65_HS1-834228961_62-HQ-83894_Section_10
Agency: FBI
Page 151
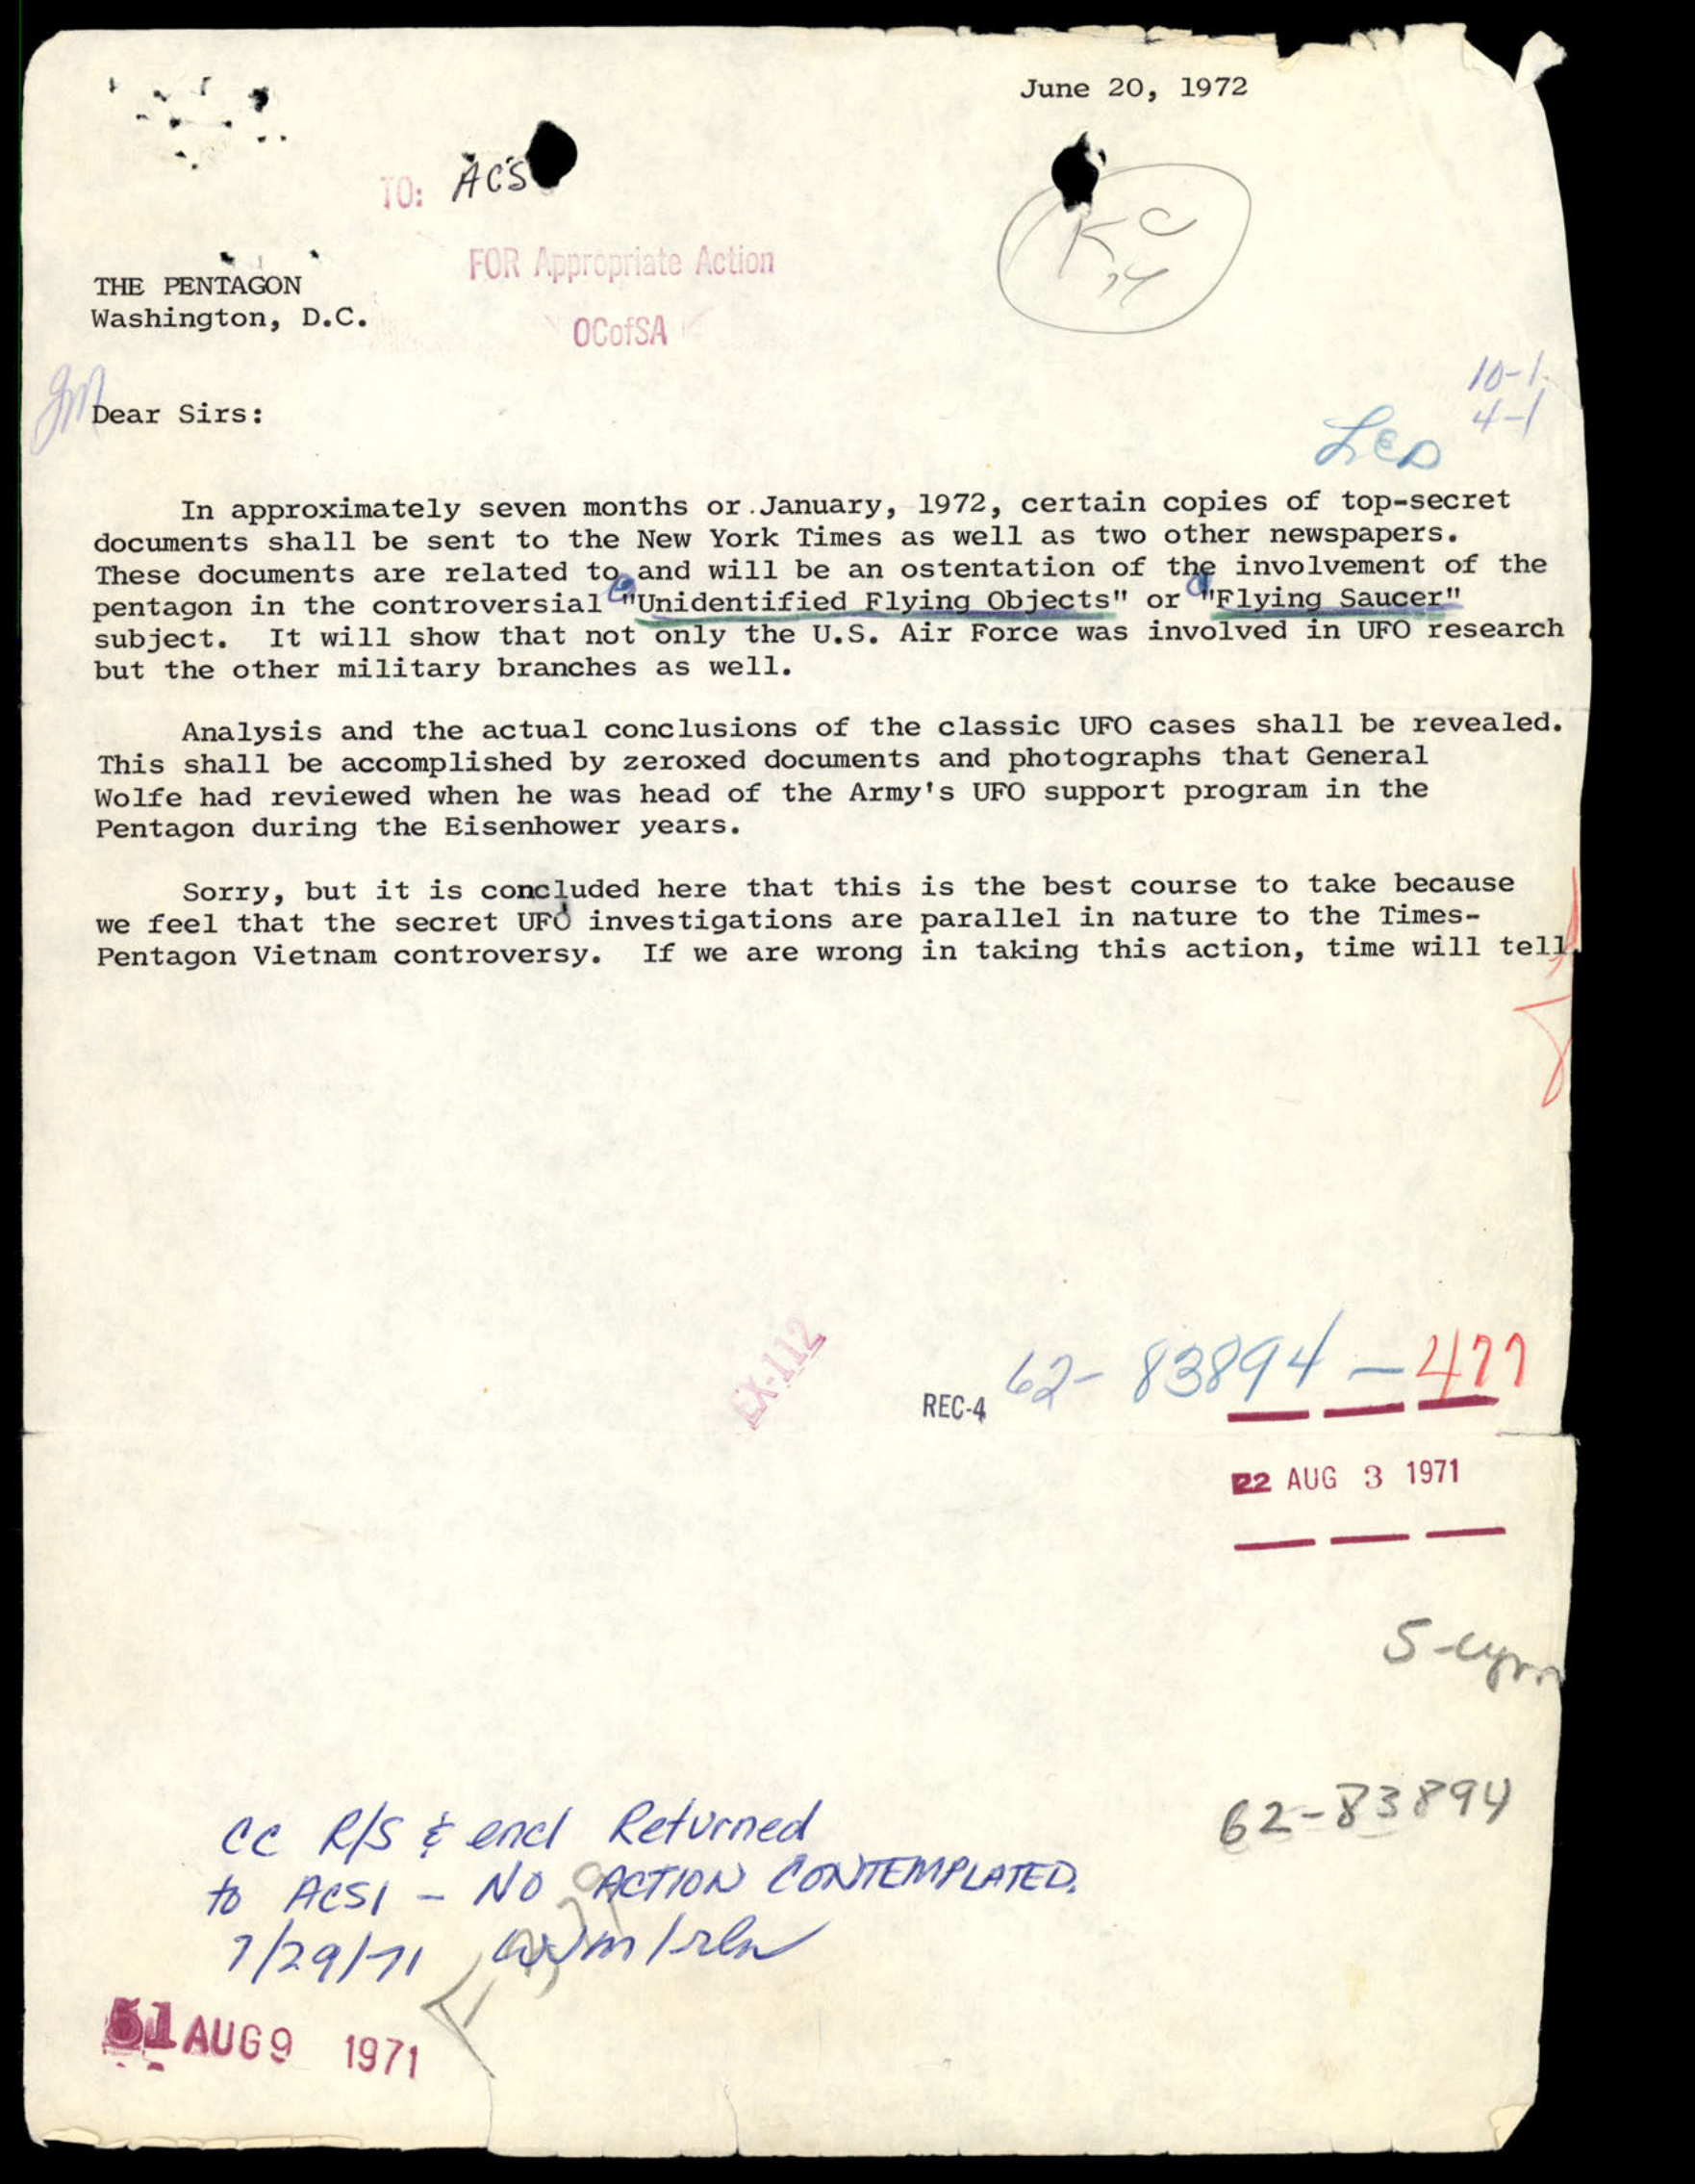